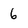
Character: 6